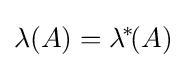
\lambda (A)=\lambda ^{\!*\!}(A)